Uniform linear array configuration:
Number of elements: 64
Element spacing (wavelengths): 1
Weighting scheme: kaiser
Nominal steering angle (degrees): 30
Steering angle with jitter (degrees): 30.257
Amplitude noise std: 0.05
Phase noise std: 0.05

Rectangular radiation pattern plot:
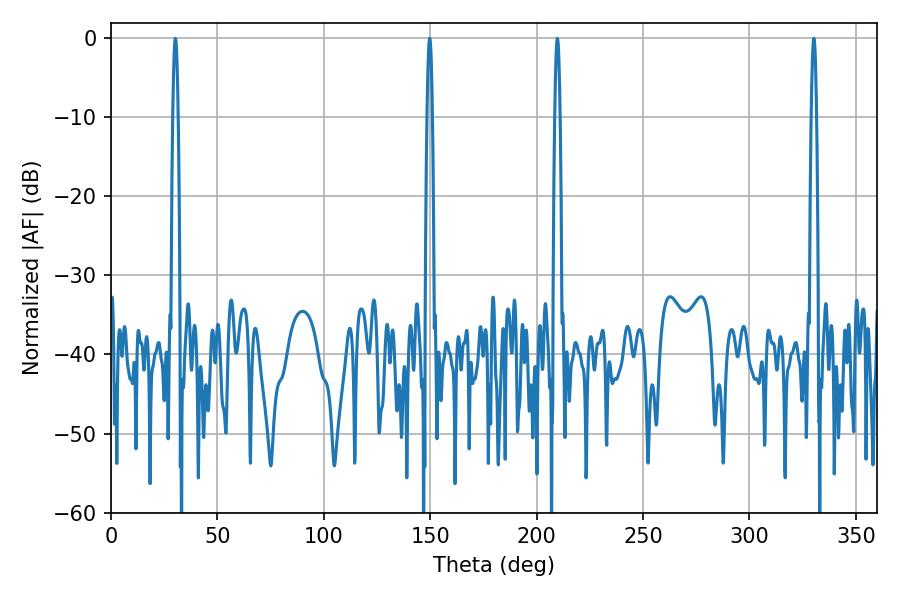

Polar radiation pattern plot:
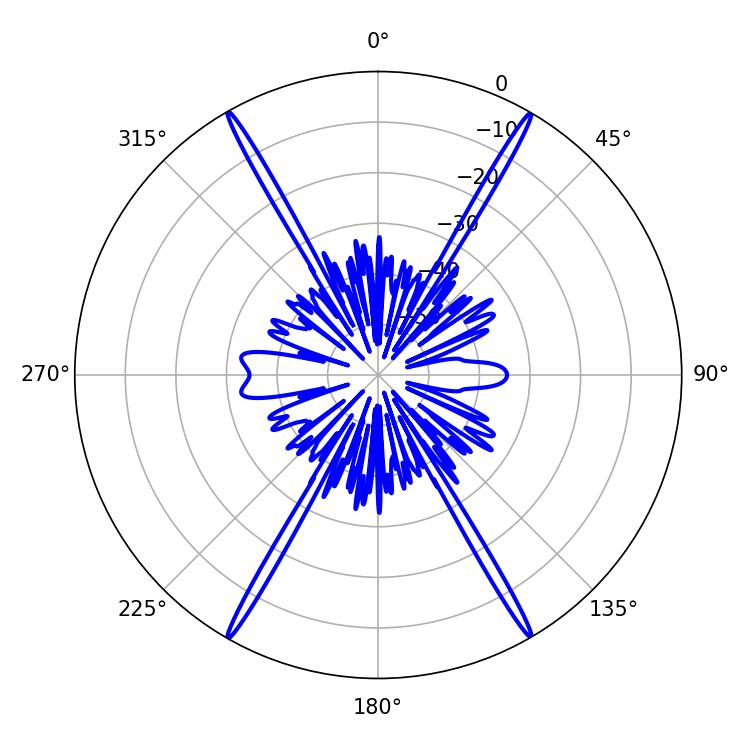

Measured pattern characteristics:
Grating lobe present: TRUE
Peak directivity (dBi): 36.063
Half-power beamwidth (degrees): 1.26
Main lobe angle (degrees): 149.76